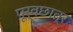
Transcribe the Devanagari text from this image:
पूर्वछात्र